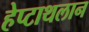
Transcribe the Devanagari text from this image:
हेप्टाथलान